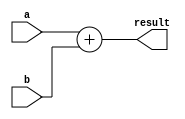
module Adder(
    input [7:0] a,
    input [7:0] b,
    output reg [8:0] result
);

always @(*) begin
    result = a + b;
end

endmodule